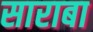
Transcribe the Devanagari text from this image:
साराबा